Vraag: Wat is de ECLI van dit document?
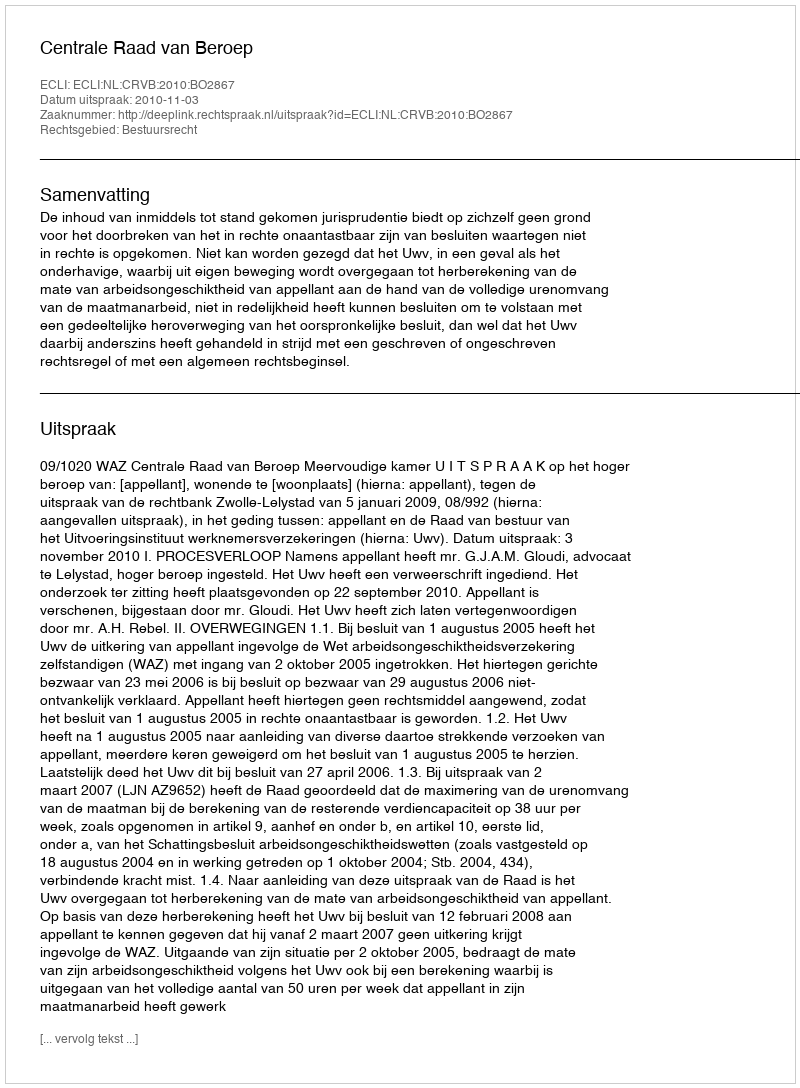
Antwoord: ECLI:NL:CRVB:2010:BO2867